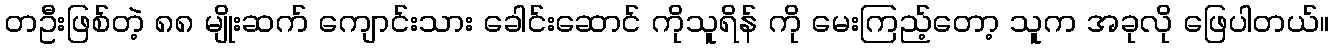
တဦးဖြစ်တဲ့ ၈၈ မျိုးဆက် ကျောင်းသား ခေါင်းဆောင် ကိုသူရိန် ကို မေးကြည့်တော့ သူက အခုလို ဖြေပါတယ်။